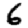
Digit: 6